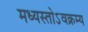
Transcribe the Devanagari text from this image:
मध्यस्तोऽवक्रम्य